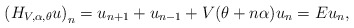
\begin{align*}\left(H_{V, \alpha, \theta} u\right)_{n}=u_{n+1}+u_{n-1}+V(\theta+n \alpha) u_{n}=E u_{n},\end{align*}